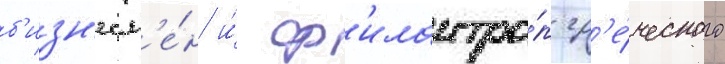
б'изн'есм'е́н и́ ф'илантро́п гр'е́ческого